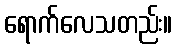
ရောက်လေသတည်း။